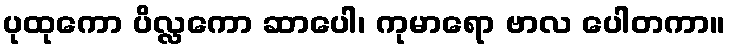
ပုထုကော ပိလ္လကော ဆာပေါ၊ ကုမာရော ဗာလ ပေါတကာ။